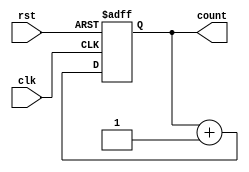
`timescale 1ns / 1ps
//////////////////////////////////////////////////////////////////////////////////
// Company: 
// Engineer: 
// 
// Design Name: 
// Module Name: clock_counter
// Project Name: 
// Target Devices: 
// Tool Versions: 
// Description: 
// 
// Dependencies: 
// 
// Revision:
// Revision 0.01 - File Created
// Additional Comments:
// 
//////////////////////////////////////////////////////////////////////////////////


module clock_counter(
input wire clk,
input wire rst,
output reg [15:0] count);

 always @(posedge clk or posedge rst) begin
        if (rst) begin
            count <= 16'b0;
        end else begin
            count <= count + 1;
        end
    end
endmodule